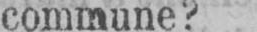
commune?